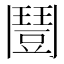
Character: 𩰒